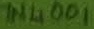
Text: 1N4001